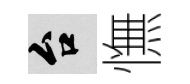
台憮